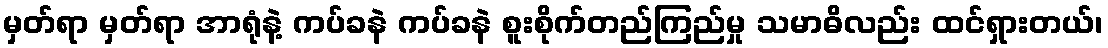
မှတ်ရာ မှတ်ရာ အာရုံနဲ့ ကပ်ခနဲ ကပ်ခနဲ စူးစိုက်တည်ကြည်မှု သမာဓိလည်း ထင်ရှားတယ်၊